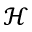
\mathcal { H }